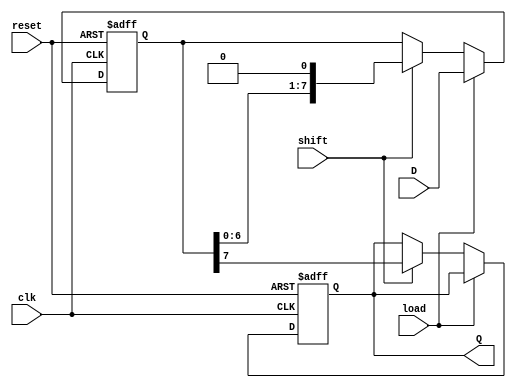
module PISO_Register (
    input wire clk,          // Clock signal
    input wire reset,        // Asynchronous reset signal
    input wire load,         // Load control signal
    input wire shift,        // Shift control signal
    input wire [n-1:0] D,    // Parallel data input
    output reg Q             // Serial output
);
    parameter n = 8;         // Define the width of the register (8 bits)

    reg [n-1:0] shift_reg;   // Shift register to hold the data

    // Asynchronous reset and data loading
    always @(posedge clk or posedge reset) begin
        if (reset) begin
            shift_reg <= 0;   // Initialize shift register to 0 on reset
            Q <= 0;           // Initialize serial output to 0
        end else if (load) begin
            shift_reg <= D;    // Load data into the shift register
        end else if (shift) begin
            Q <= shift_reg[n-1]; // Output the MSB to Q
            shift_reg <= {shift_reg[n-2:0], 1'b0}; // Shift left
        end
    end
endmodule